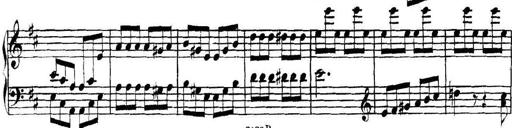
Title: Collected Piano Sonatas
Composer: Muzio Clementi